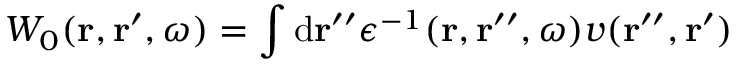
W _ { 0 } ( \mathbf { r } , \mathbf { r } ^ { \prime } , \omega ) = \int \mathrm { d } \mathbf { r } ^ { \prime \prime } \epsilon ^ { - 1 } ( \mathbf { r } , \mathbf { r } ^ { \prime \prime } , \omega ) v ( \mathbf { r } ^ { \prime \prime } , \mathbf { r } ^ { \prime } )